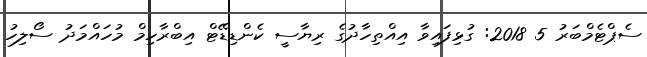
ސެޕްޓެމްބަރު 5 2018: ގުޅިފައިވާ އިއްތިހާދުގެ ރިޔާސީ ކެންޑިޑޭޓް އިބްރާހިމް މުހައްމަދު ސޯލިހު